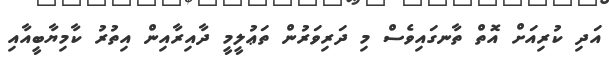
އަދި ކުރިއަށް އޮތް ތާނގައިވެސް މި ދަރިވަރުން ތަޢުލީމީ ދާއިރާއިން އިތުރު ކާމިޔާބީއާއި